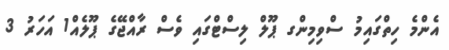
އެންމެ ހިތްގައިމު ސްވިމިންގ ޕޫލް ލިސްޓްގައި ވެސް ރާއްޖޭގެ ޕޫލެއް1 އަހަރު 3